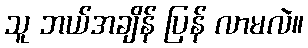
သူ ဘယ်အချိန် ပြန် လာမလဲ။